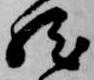
然